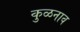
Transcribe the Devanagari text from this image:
कुळनाव